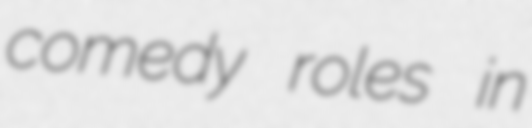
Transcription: comedy roles in